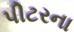
પીટરના